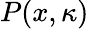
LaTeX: P(x,\kappa)